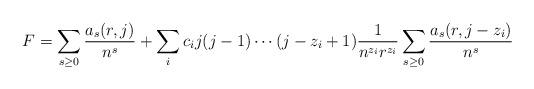
LaTeX: \begin{align*}F = \sum_{s \ge 0} \frac{a_s(r,j)}{n^s} +\sum _i c_i j (j-1)\cdots (j-z_i+1)\frac{1}{n^{z_i} r^{z_i}} \sum_{s \ge 0} \frac{a_s(r,j-z_i)}{n^s} \end{align*}